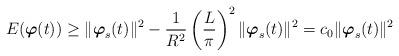
\begin{align*}E(\mbox{\mathversion{bold}$\varphi$}(t)) \geq \| \mbox{\mathversion{bold}$\varphi$}_{s}(t)\|^{2}-\frac{1}{R^{2}}\left(\frac{L}{\pi}\right)^{2}\|\mbox{\mathversion{bold}$\varphi$}_{s}(t)\|^{2}=c_{0}\|\mbox{\mathversion{bold}$\varphi$}_{s}(t)\|^{2}\end{align*}